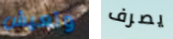
وتعيش يصرف